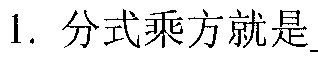
1. 分式乘方就是_